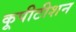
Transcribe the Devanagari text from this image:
कूपीटीशन